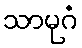
သာမုဂံ